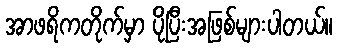
အာဖရိကတိုက်မှာ ပိုပြီးအဖြစ်များပါတယ်။